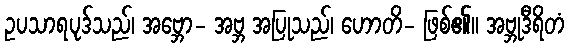
ဥပသာရပုဒ်သည်၊ အဗ္ဘော- အဗ္ဘ အပြုသည်၊ ဟောတိ- ဖြစ်၏။ အဗ္ဘုဒီရိတံ